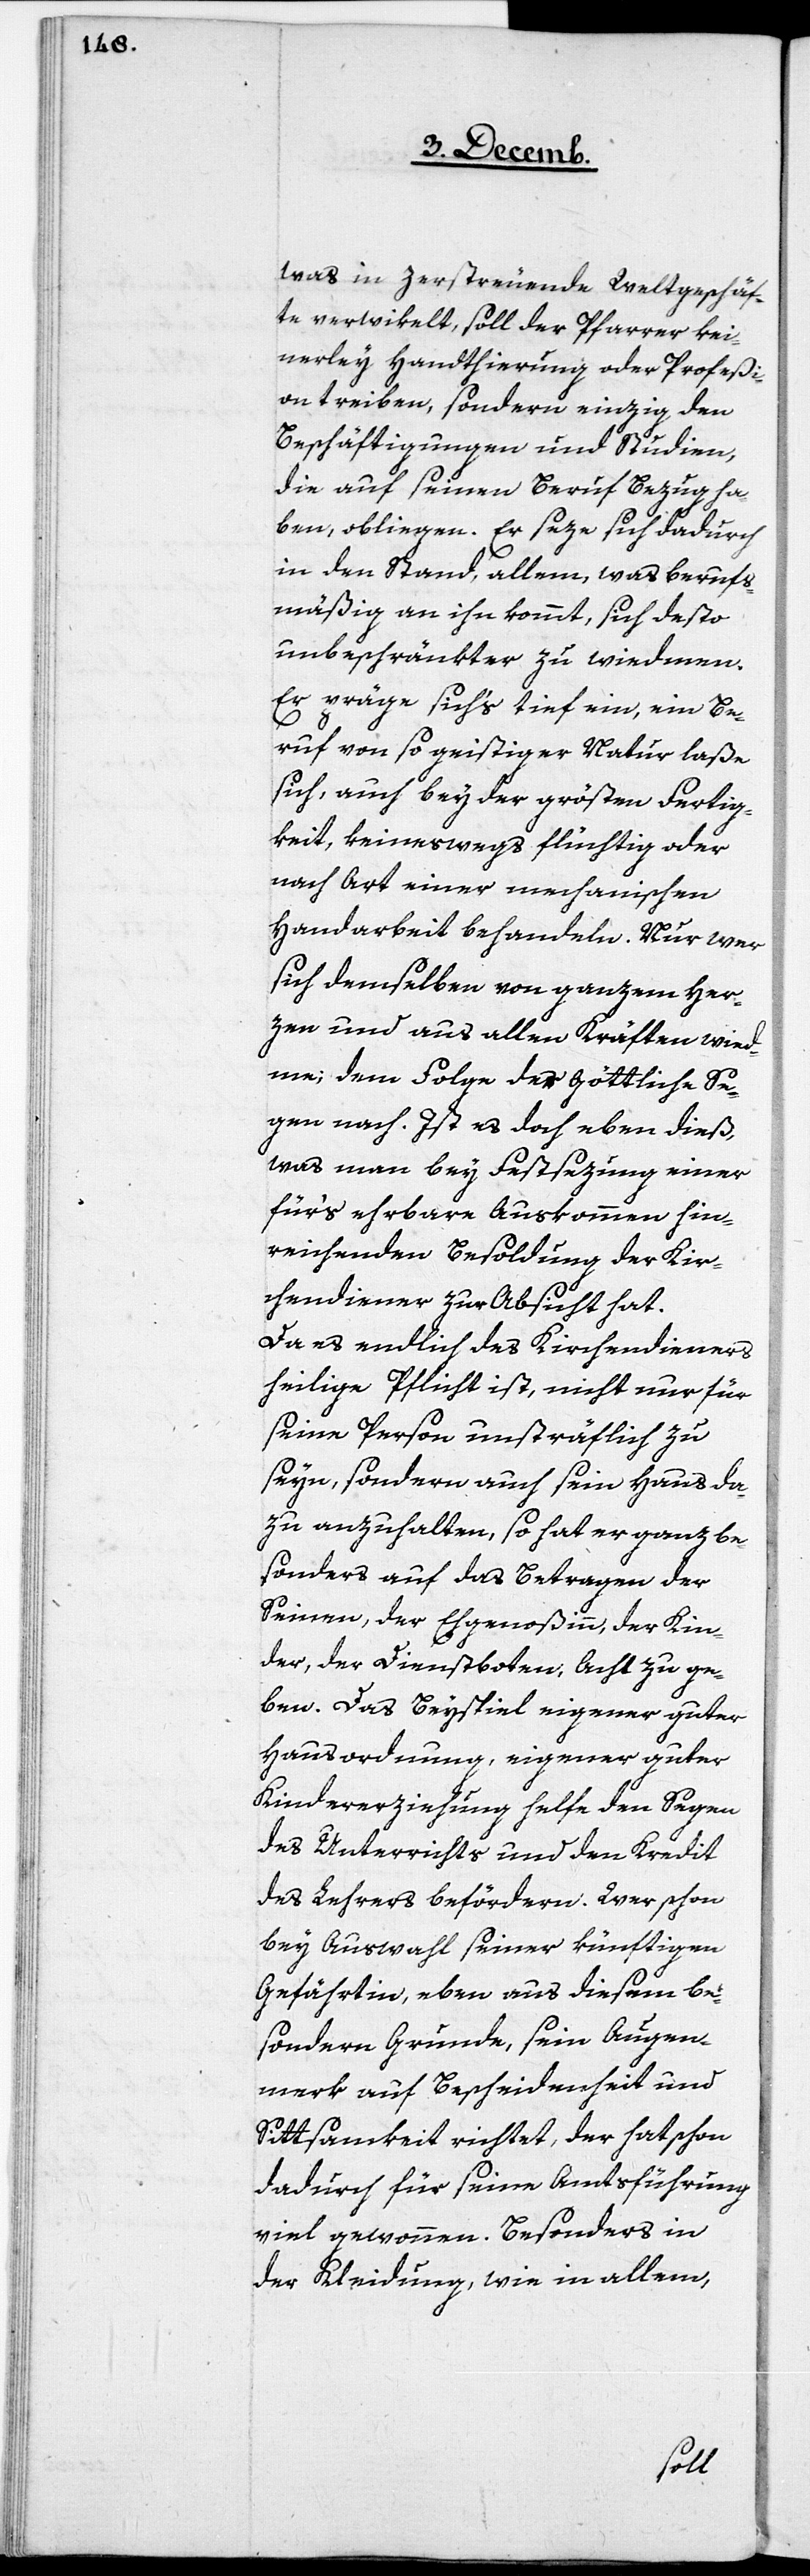
was in zerstreuende Weltgeschäf¬
te verwikelt, soll der Pfarrer kei¬
nerley Handthierung oder Profeßi¬
on treiben, sondern einzig den
Beschäftigungen und Studien,
die auf seinen Beruf Bezug ha¬
ben, obliegen. Er seze sich dadurch
in den Stand, allem, was berufs¬
mäßig an ihn kommt, sich desto
unbeschränkter zu wiedmen.
Er präge sich’s tief ein, ein Be¬
ruf von so geistiger Natur laße
sich, auch bey der größten Fertig¬
keit, keineswegs flüchtig oder
nach Art einer mechanischen
Handarbeit behandeln. Nur wer
sich demselben von ganzem Her¬
zen und aus allen Kräften wied¬
me; dem folge der Göttliche Se¬
gen nach. Ist es doch eben dieß,
was man bey Festsezung einer
für’s ehrbare Auskommen hin¬
reichenden Besoldung der Kir¬
chendiener zur Absicht hat.
Da es endlich des Kirchendieners
heilige Pflicht ist, nicht nur für
seine Person unsträflich zu
seyn, sondern auch sein Haus da¬
zu anzuhalten, so hat er ganz be¬
sonders auf das Betragen der
Seinen, der Ehegenoßin, der Kin¬
der, der Dienstboten, Ach zu ge¬
ben. Das Beyspiel eigener guter
Hausordnung, eigener guter
Kindererziehung helfe den Segen
des Unterrichts und den Kredit
des Lehrers befördern. Wer schon
bey Auswahl seiner künftigen
Gefährtin, eben aus diesem be¬
sondern Grunde, sein Augen¬
merk auf Bescheidenheit und
Sittsamkeit richtet, der hat schon
dadurch für seine Amtsführung
viel gewonnen. Besonders in
der Kleidung, wie in allem,